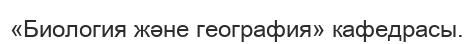
«Биология және география» кафедрасы.